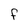
Character: f